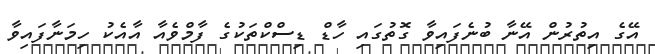
އޭގެ އިތުރުން އޭނާ ބުނެފައިވާ ގޮތުގައި ހާޑް ޑިސްކްތަކުގެ ފާމްވެއާ އާއެކު ހިމަނާފައިވާ